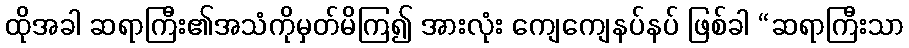
ထိုအခါ ဆရာကြီး၏အသံကိုမှတ်မိကြ၍ အားလုံး ကျေကျေနပ်နပ် ဖြစ်ခါ “ဆရာကြီးသာ